Scientific memoirs by medical officers of the Army of India - Part XII,
Year: 1901
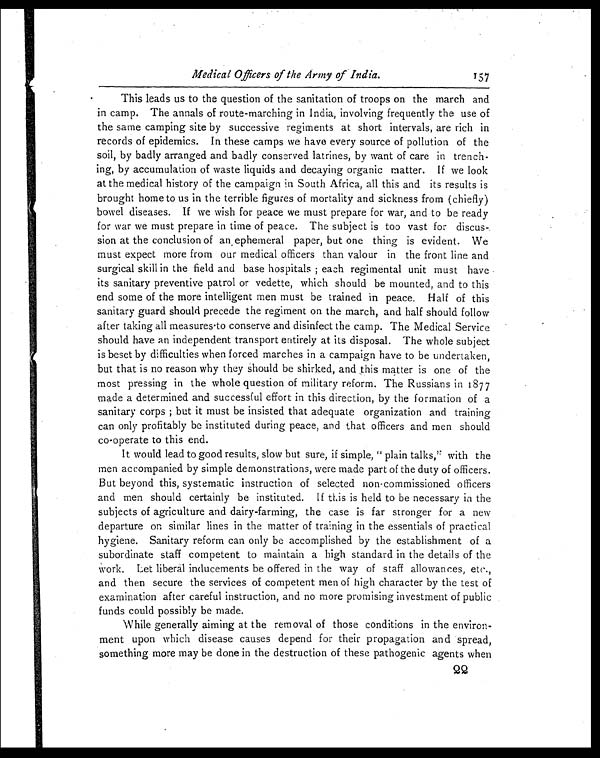
Medical Officers of the Army of India.
This leads us to the question of the sanitation of troops on the march and
in camp. The annals of route-marching in India, involving frequently the use of
the same camping site by successive regiments at short intervals, are rich in
records of epidemics. In these camps we have every source of pollution of the
soil, by badly arranged and badly conserved latrines, by want of care in trench
- i n g , b y a c c u m u l a t i o n o f w a s t e l i q u i d s a n d d e c a y i n g o r g a n i c m a t t e r . I f w e l o o k
at the medical history of the campaign in South Africa, all this and its results is
brought home to us in the terrible figures of mortality and sickness from (chiefly)
bowel diseases. If we wish for peace we must prepare for war, and to be ready
for war we must prepare in time of peace. The subject is too vast for discus
-sion at the conclusion of an ephemeral paper, but one thing is evident. We
must expect more from our medical officers than valour in the front line and
surgical skill in the field and base hospitals ; each regimental unit must have
its sanitary preventive patrol or vedette, which should be mounted, and to this
end some of the more intelligent men must be trained in peace. Half of this
sanitary guard should precede the regiment on the march, and half should follow
after taking all measures to conserve and disinfect the camp. The Medical Service
should have an independent transport entirely at its disposal. The whole subject
is beset by difficulties when forced marches in a campaign have to be undertaken,
but that is no reason why they should be shirked, and this matter is one of the
most pressing in the whole question of military reform. The Russians in 1877
made a determined and successful effort in this direction, by the formation of a
sanitary corps ; but it must be insisted that adequate organization and training
can only profitably be instituted during peace, and that officers and men should
co-operate to this end.
It would lead to good results, slow but sure, if simple, "plain talks," with the
men accompanied by simple demonstrations, were made part of the duty of officers.
But beyond this, systematic instruction of selected non commissioned officers
and men should certainly be instituted. If this is held to be necessary in the
subjects of agriculture and dairy-farming, the case is far stronger for a new
departure on similar lines in the matter of training in the essentials of practical
hygiene. Sanitary reform can only be accomplished by the establishment of a
subordinate staff competent to maintain a high standard in the details of the
Work. Let liberal inducements be offered in the way of staff allowances, etc.,
and then secure the services of competent men of high character by the test of
examination after careful instruction, and no more promising investment of public
funds could possibly be made.
While generally aiming at the removal of those conditions in the environ
- m e n t u p o n w h i c h d i s e a s e c a u s e s d e p e n d f o r t h e i r p r o p a g a t i o n a n d s p r e a d ,
something more may be done in the destruction of these pathogenic agents when
157